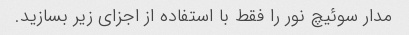
مدار سوئیچ نور را فقط با استفاده از اجزای زیر بسازید.